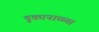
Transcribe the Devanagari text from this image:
दुकानाच्च्या